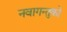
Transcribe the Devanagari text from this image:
नवागन्तुको